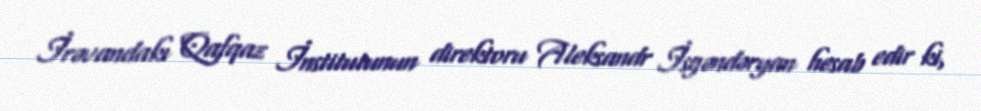
İrəvandakı Qafqaz İnstitutunun direktoru Aleksandr İsgəndəryan hesab edir ki,